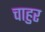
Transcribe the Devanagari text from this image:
चाहुर